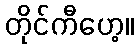
တိုင်ကီဟေ့။